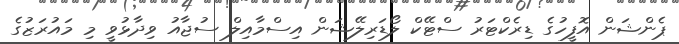
ޕެންޝަން އޮފީހުގެ ޑިރެކްޓަރު ސްޓޭކް ލޯޑަރިލޭޝަން އިސްމާއިލް ސުޖާއު ވިދާޅުވީ މި މައުރަޒުގެ